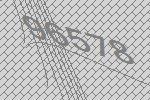
96578